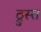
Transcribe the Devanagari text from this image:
ठ्रुस्त